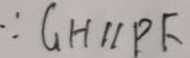
\because G H / / P F